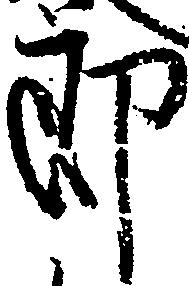
郎